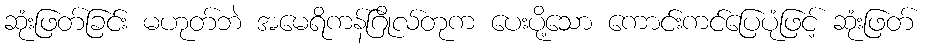
ဆုံးဖြတ်ခြင်း မဟုတ်ဘဲ အမေရိကန်ဂြိုလ်တုက ပေးပို့သော ကောင်းကင်ပြေပုံဖြင့် ဆုံးဖြတ်